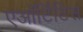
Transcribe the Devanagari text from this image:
एऑर्टिटिस